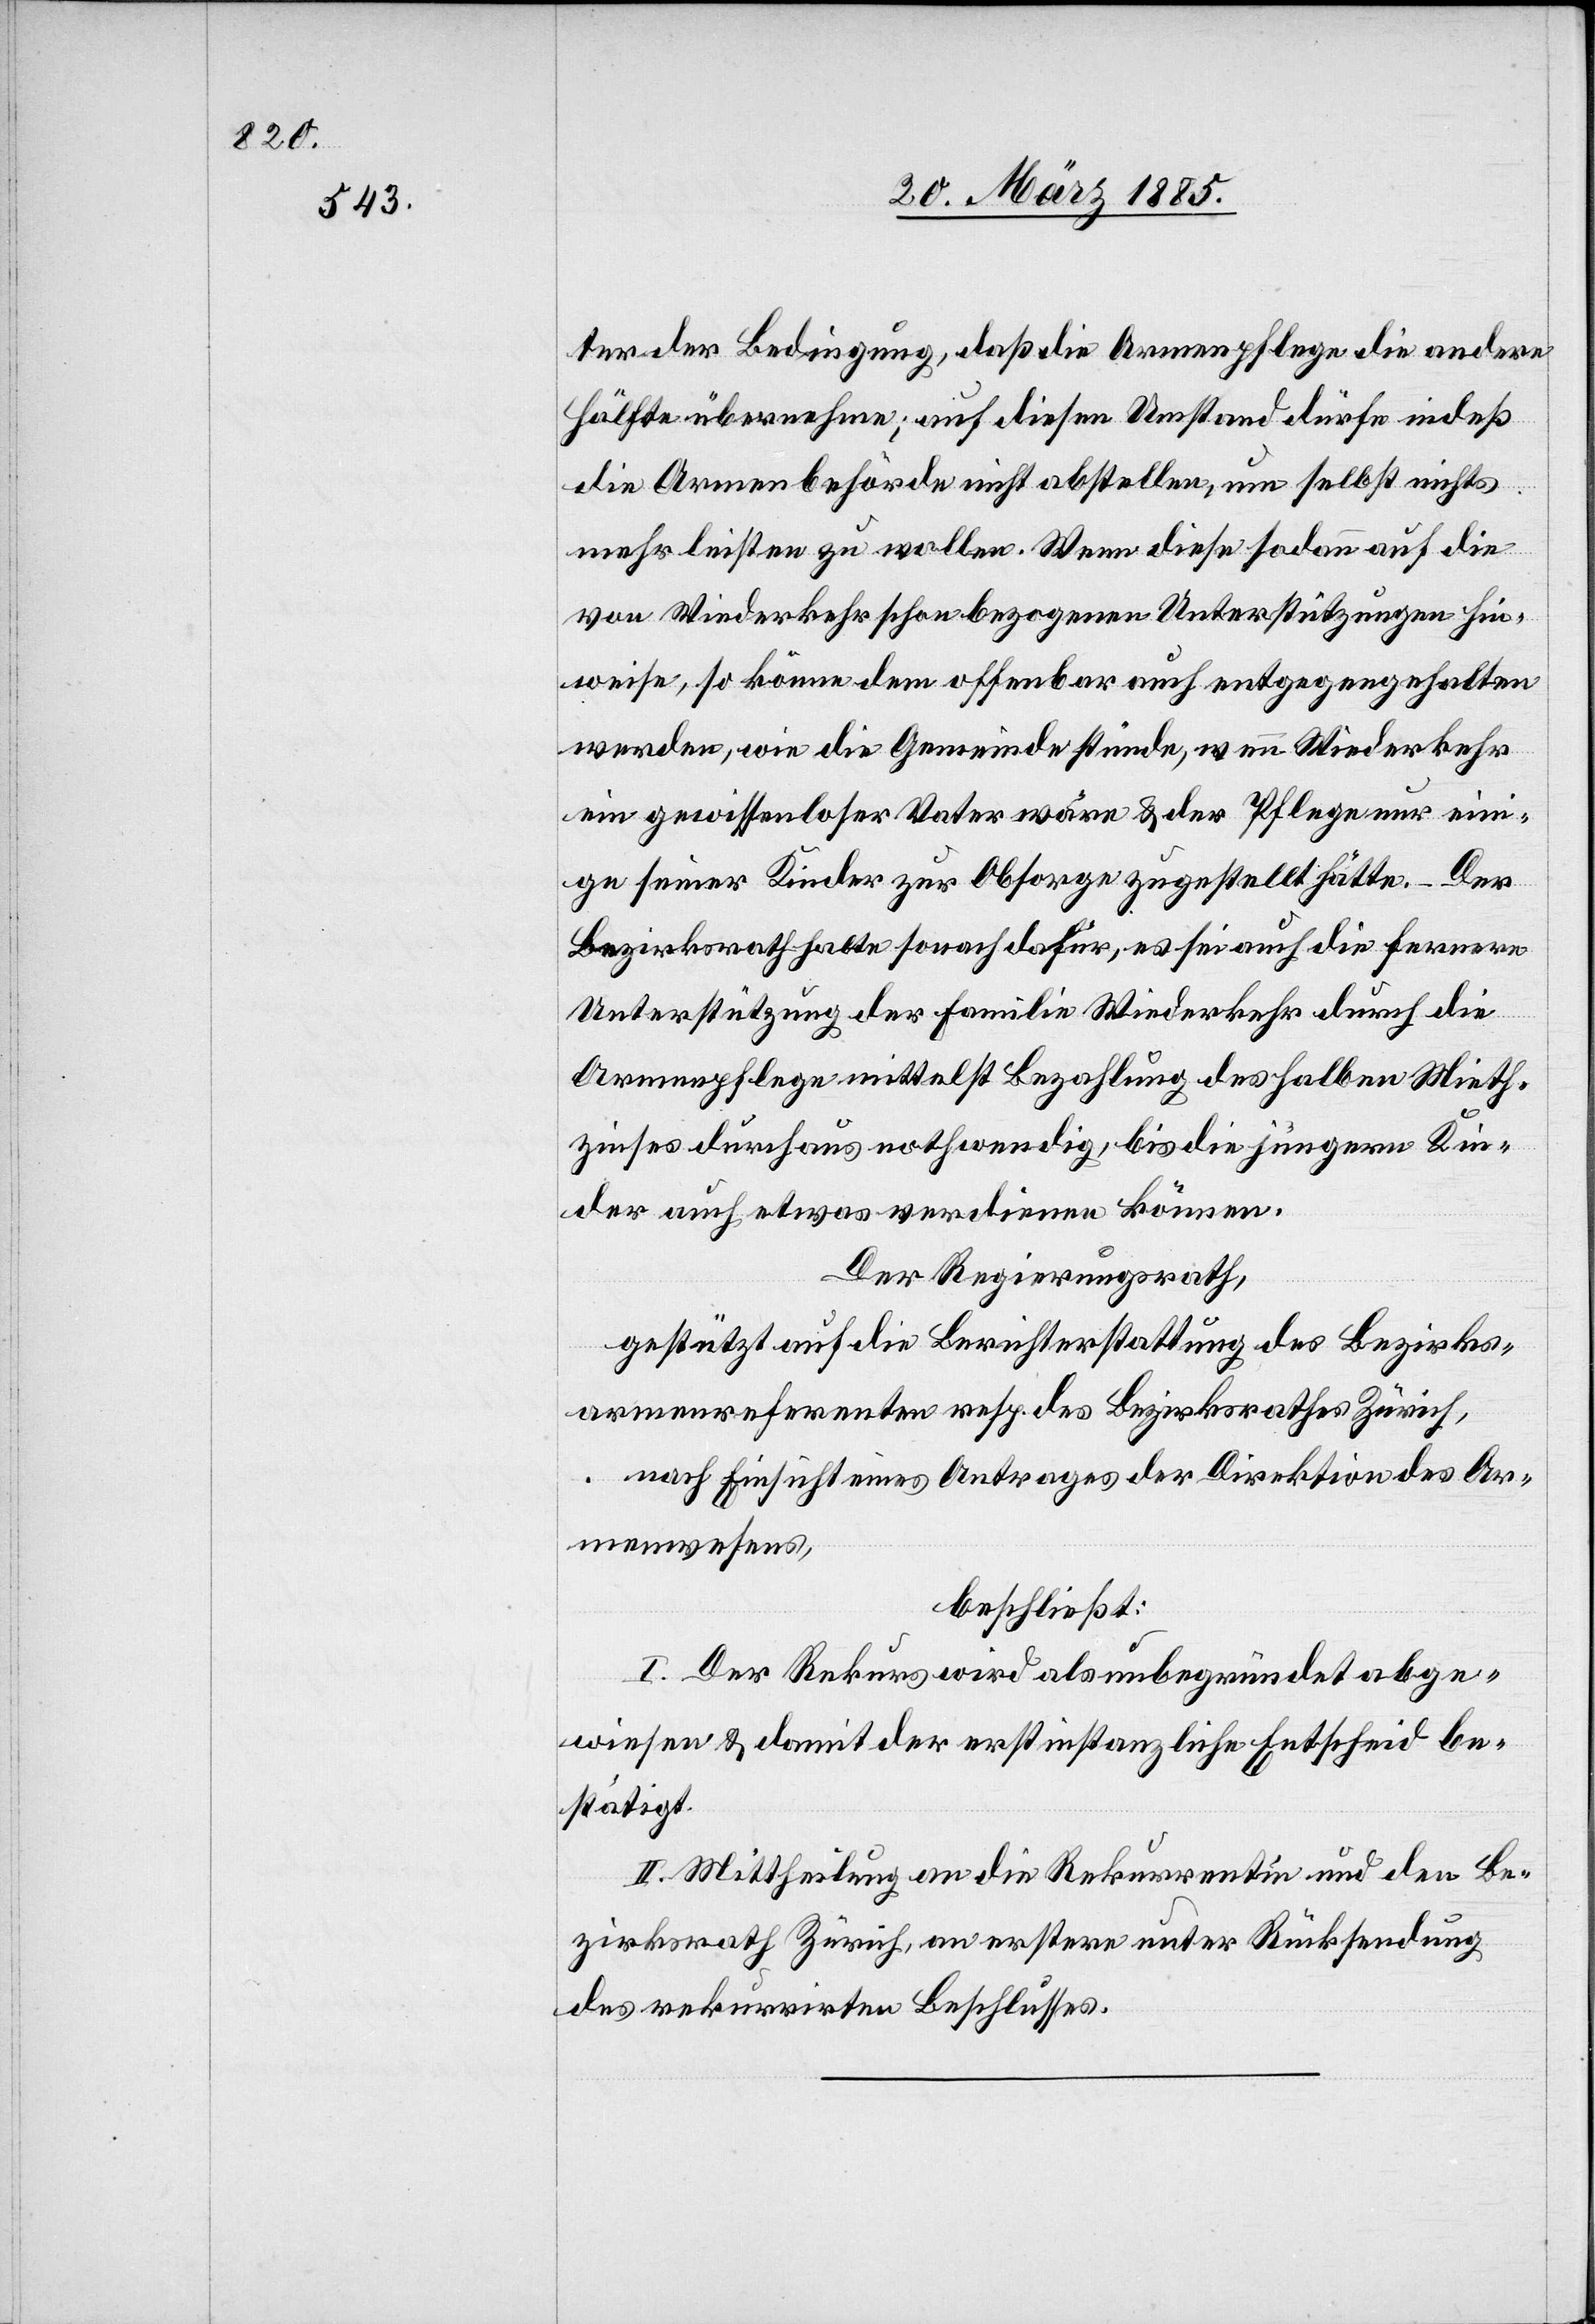
ter der Bedingung, daß die Armenpflege die andere
Hälfte übernehme; auf diesen Umstand dürfe indeß
die Armenbehörde nicht abstellen, nun selbst nichts
mehr leisten zu wollen. Wenn diese sodann auf die
von Wiederkehr schon bezogenen Unterstützungen hin¬
weise, so könne dem offenbar auch entgegengehalten
werden, wie die Gemeinde stünde, wenn Wiederkehr
ein gewissenhafter Vater wäre & der Pflege nur ein¬
ige seiner Kinder zur Obsorge zugestellt hätte. – Der
Bezirksrat halte sonach dafür, es sei auch die fernere
Unterstützung der Familie Wiederkehr durch die
Armenpflege mittelst Bezahlung des halben Mieth¬
zinses durchaus nothwendig, bis die jüngeren Kin¬
der auch etwas verdienen können.
Der Regierungsrath,
gestützt auf die Berichterstattung des Bezirks¬
armenreferenten resp. des Bezirksrathes Zürich,
nach Einsicht eines Antrages der Direktion des Ar¬
menwesens,
beschließt:
I. Der Rekurs wird als unbegründet abge¬
wiesen & damit der erstinstanzliche Entscheid be¬
stätigt.
II. Mittheilung an die Rekurrentin und den Be¬
zirksrath Zürich, an erstere unter Rücksendung
des rekurrirten Beschlusses.